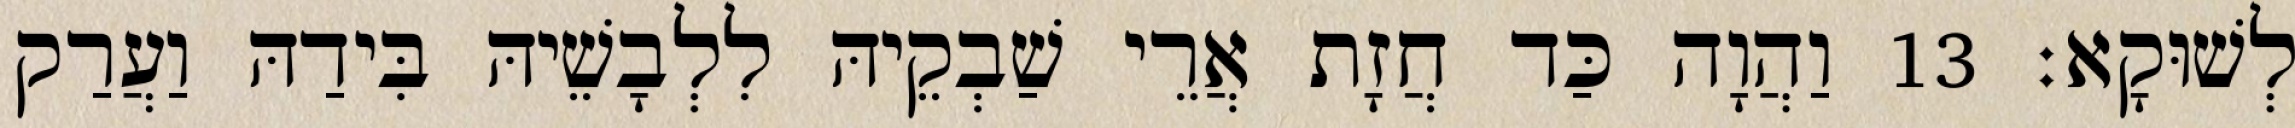
לְשׁוּקָא׃ 13 וַהֲוָה כַּד חֲזָת אֲרֵי שַׁבְקֵיהּ לִלְבָשֵׁיהּ בִּידַהּ וַעֲרַק